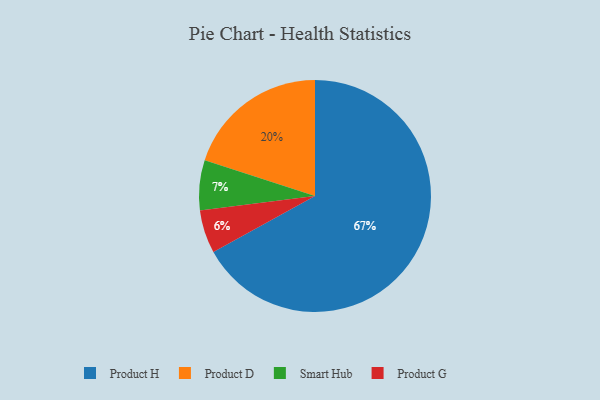
{"axis": {"x": "Category", "y": "Percentage"}, "legend": ["Product D", "Product G", "Product H", "Smart Hub"], "data": [{"x": "Product D", "y": 20, "type": "Product D"}, {"x": "Product G", "y": 6, "type": "Product G"}, {"x": "Smart Hub", "y": 7, "type": "Smart Hub"}, {"x": "Product H", "y": 67, "type": "Product H"}]}